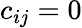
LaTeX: c_{ij}=0